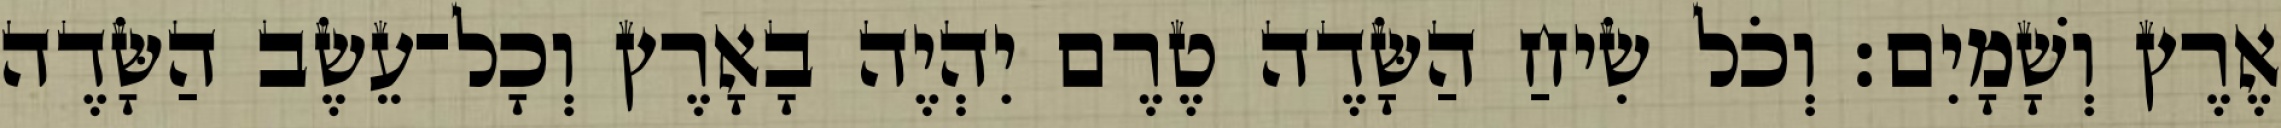
אֶרֶץ וְשָׁמָיִם׃ וְכֹל שִׂיחַ הַשָּׂדֶה טֶרֶם יִהְיֶה בָאָרֶץ וְכָל־עֵשֶׂב הַשָּׂדֶה